Vaccination in Bombay 1856-1862 - 1856-1862
Year: 1856
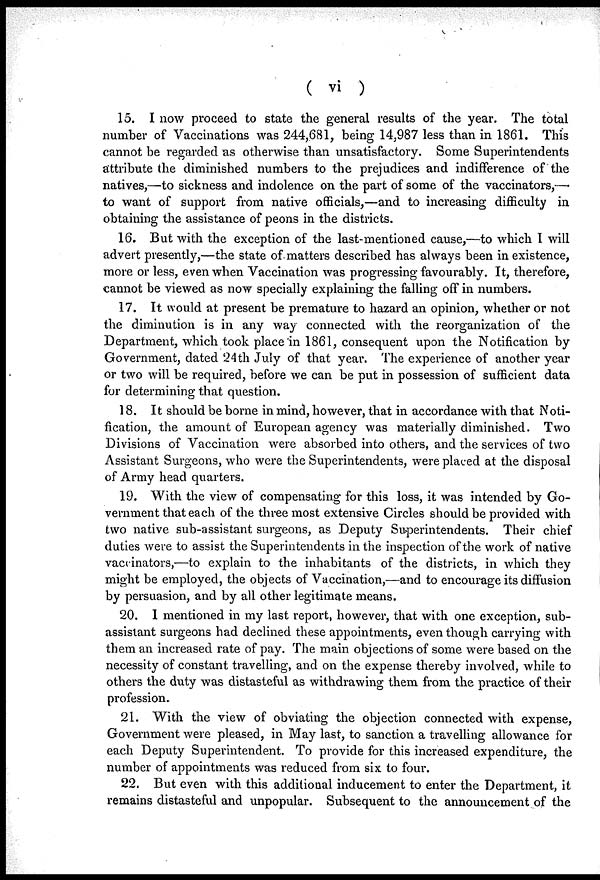
( vi )
15. I now proceed to state the general results of the year. The total
number of Vaccinations was 244,681, being 14,987 less than in 1861. This
cannot be regarded as otherwise than unsatisfactory. Some Superintendents
attribute the diminished numbers to the prejudices and indifference of the
natives,—to sickness and indolence on the part of some of the vaccinators,—
to want of support from native officials,—and to increasing difficulty in
obtaining the assistance of peons in the districts.
16. But with the exception of the last-mentioned cause,—to which I will
advert presently,—the state of matters described has always been in existence,
more or less, even when Vaccination was progressing favourably. It, therefore,
cannot be viewed as now specially explaining the falling off in numbers.
17. It would at present be premature to hazard an opinion, whether or not
the diminution is in any way connected with the reorganization of the
Department, which took place in 1861, consequent upon the Notification by
Government, dated 24th July of that year. The experience of another year
or two will be required, before we can be put in possession of sufficient data
for determining that question.
18. It should be borne in mind, however, that in accordance with that Noti-
fication, the amount of European agency was materially diminished. Two
Divisions of Vaccination were absorbed into others, and the services of two
Assistant Surgeons, who were the Superintendents, were placed at the disposal
of Army head quarters.
19. With the view of compensating for this loss, it was intended by Go-
vernment that each of the three most extensive Circles should be provided with
two native sub-assistant surgeons, as Deputy Superintendents. Their chief
duties were to assist the Superintendents in the inspection of the work of native
vaccinators,—to explain to the inhabitants of the districts, in which they
might be employed, the objects of Vaccination,—and to encourage its diffusion
by persuasion, and by all other legitimate means.
20. I mentioned in my last report, however, that with one exception, sub-
assistant surgeons had declined these appointments, even though carrying with
them an increased rate of pay. The main objections of some were based on the
necessity of constant travelling, and on the expense thereby involved, while to
others the duty was distasteful as withdrawing them from the practice of their
profession.
21. With the view of obviating the objection connected with expense,
Government were pleased, in May last, to sanction a travelling allowance for
each Deputy Superintendent. To provide for this increased expenditure, the
number of appointments was reduced from six to four.
22. But even with this additional inducement to enter the Department, it
remains distasteful and unpopular. Subsequent to the announcement of the